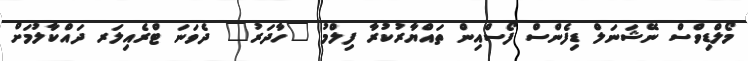
މޯލްޑިވްސް ނޭޝަނަލް ޑިފެންސް ފޯސްއިން ތައްޔާރުކުރާ ފިލްމު "ހާދަރު" ދެވަނަ ޓްރެއިލަރ ދައްކާލުމަށް